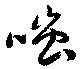
嗤